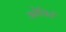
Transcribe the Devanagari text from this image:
ओचिर्ट